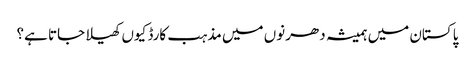
پاکستان میں ہمیشہ دھرنوں میں مذہب کارڈ کیوں کھیلا جاتا ہے؟